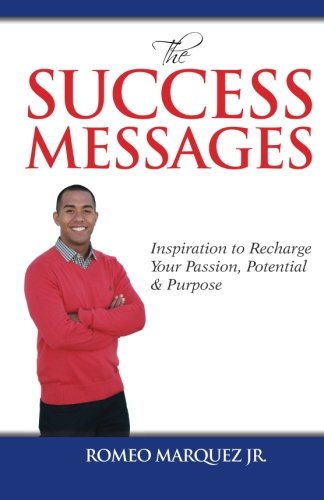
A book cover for The Success Messages: Inspiration to Recharge Your Passion, Potential & Purpose; Romeo Marquez Jr.; Self-Help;